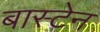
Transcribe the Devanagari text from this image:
बास्टेन